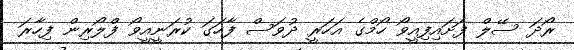
ރޯދަ ސޭލް ފަށައިފިއީވޯ ހޯމްގެ އަހަރީ ދުވަސް ފާހަގަ ކުރަނީއީވޯ ފްލޯރިން ފިހާރަ